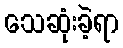
သေဆုံးခဲ့ရာ